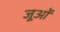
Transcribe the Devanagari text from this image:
जूओं